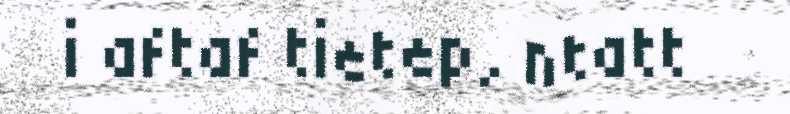
i aftaf tietep, ntatt